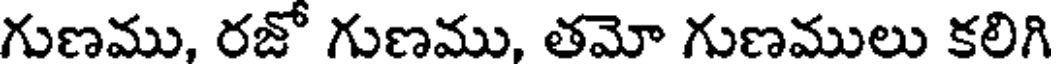
గుణము, రజో గుణము, తమో గుణములు కలిగి